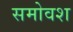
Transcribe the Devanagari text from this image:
समोवश